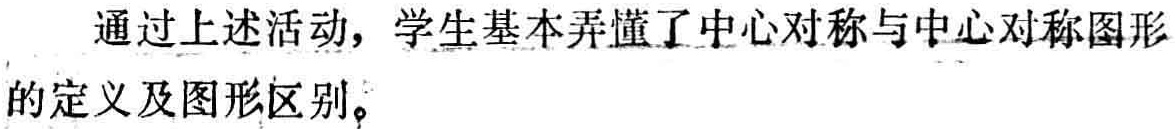
通过上述活动，学生基本弄懂了中心对称与中心对称图形的定义及图形区别。